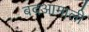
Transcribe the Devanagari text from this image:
बदआमाली